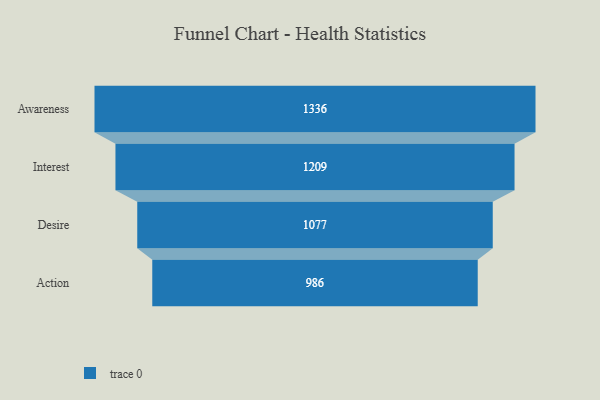
{"axis": {"x": "Stage", "y": "Value"}, "legend": [""], "data": [{"x": "Awareness", "y": 1336.0, "type": ""}, {"x": "Interest", "y": 1209.0, "type": ""}, {"x": "Desire", "y": 1077.0, "type": ""}, {"x": "Action", "y": 986.0, "type": ""}]}